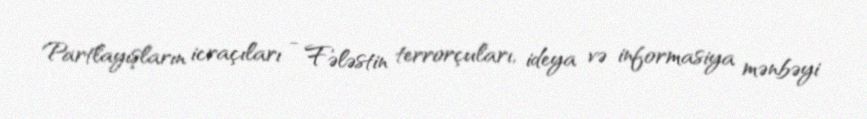
Partlayışların icraçıları - Fələstin terrorçuları, ideya və informasiya mənbəyi